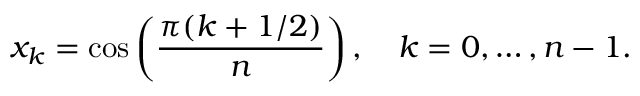
x _ { k } = \cos \left( { \frac { \pi ( k + 1 / 2 ) } { n } } \right) , \quad k = 0 , \ldots , n - 1 .